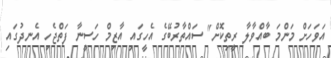
އަވަހަށް މަންމަ ބާއްވާލާ ރީތިކޮށް" ސައްތާރުބޭގެ އެހީގައި އާޒިމް ހަސީނާ ފަތްޖެހި އެނދުގައި